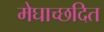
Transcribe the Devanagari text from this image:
मेघाच्छदित